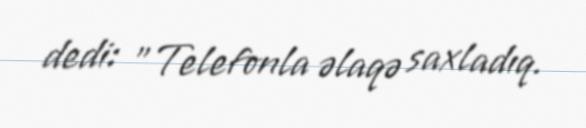
dedi: ”Telefonla əlaqə saxladıq.